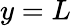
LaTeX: y=L